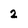
Character: 2